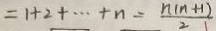
= 1 + 2 + \cdots + n = \frac { n ( n + 1 ) } { 2 }